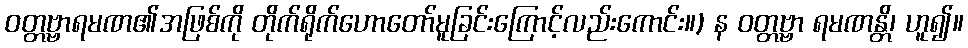
ဝတ္တဗ္ဗာရမဏ၏အဖြစ်ကို တိုက်ရိုက်ဟောတော်မူခြင်းကြောင့်လည်းကောင်း။) န ဝတ္တဗ္ဗာ ရမဏန္တိ၊ ဟူ၍။